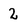
Character: 2